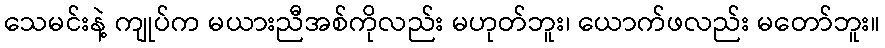
သေမင်းနဲ့ ကျုပ်က မယားညီအစ်ကိုလည်း မဟုတ်ဘူး၊ ယောက်ဖလည်း မတော်ဘူး။